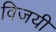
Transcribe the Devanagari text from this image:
विजयीं